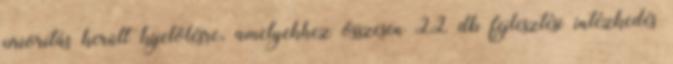
prioritás került kijelölésre, amelyekhez összesen 22 db fejlesztési intézkedés